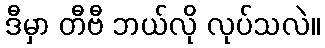
ဒီမှာ တီဗီ ဘယ်လို လုပ်သလဲ။